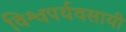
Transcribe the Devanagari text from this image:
विश्वपर्यवसायी